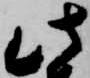
此